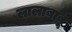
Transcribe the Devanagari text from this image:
लालाबाबू